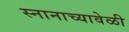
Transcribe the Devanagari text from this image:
स्नानाच्यावेळी